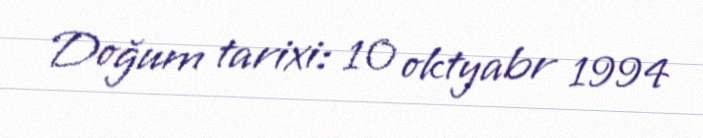
Doğum tarixi: 10 oktyabr 1994